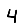
Digit: 4